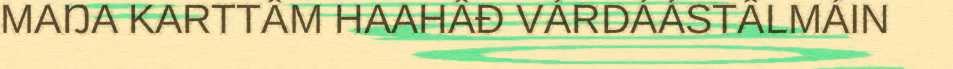
MAŊA KARTTÂM HAAHÂĐ VÁRDÁÁSTÂLMÁIN